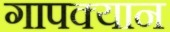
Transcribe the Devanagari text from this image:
गापक्यान